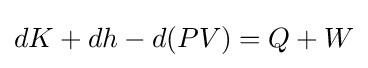
dK+dh-d(PV)=Q+W